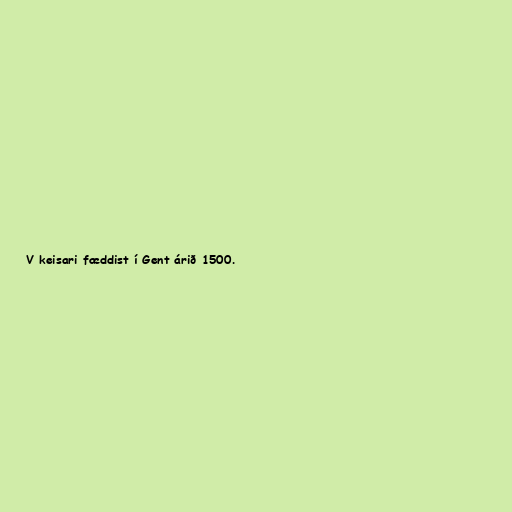
V keisari fæddist í Gent árið 1500.